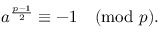
a ^ { \frac { p - 1 } { 2 } } \equiv - 1 { \pmod { p } } .